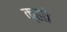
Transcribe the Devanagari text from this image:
क्हते